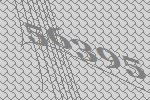
56395